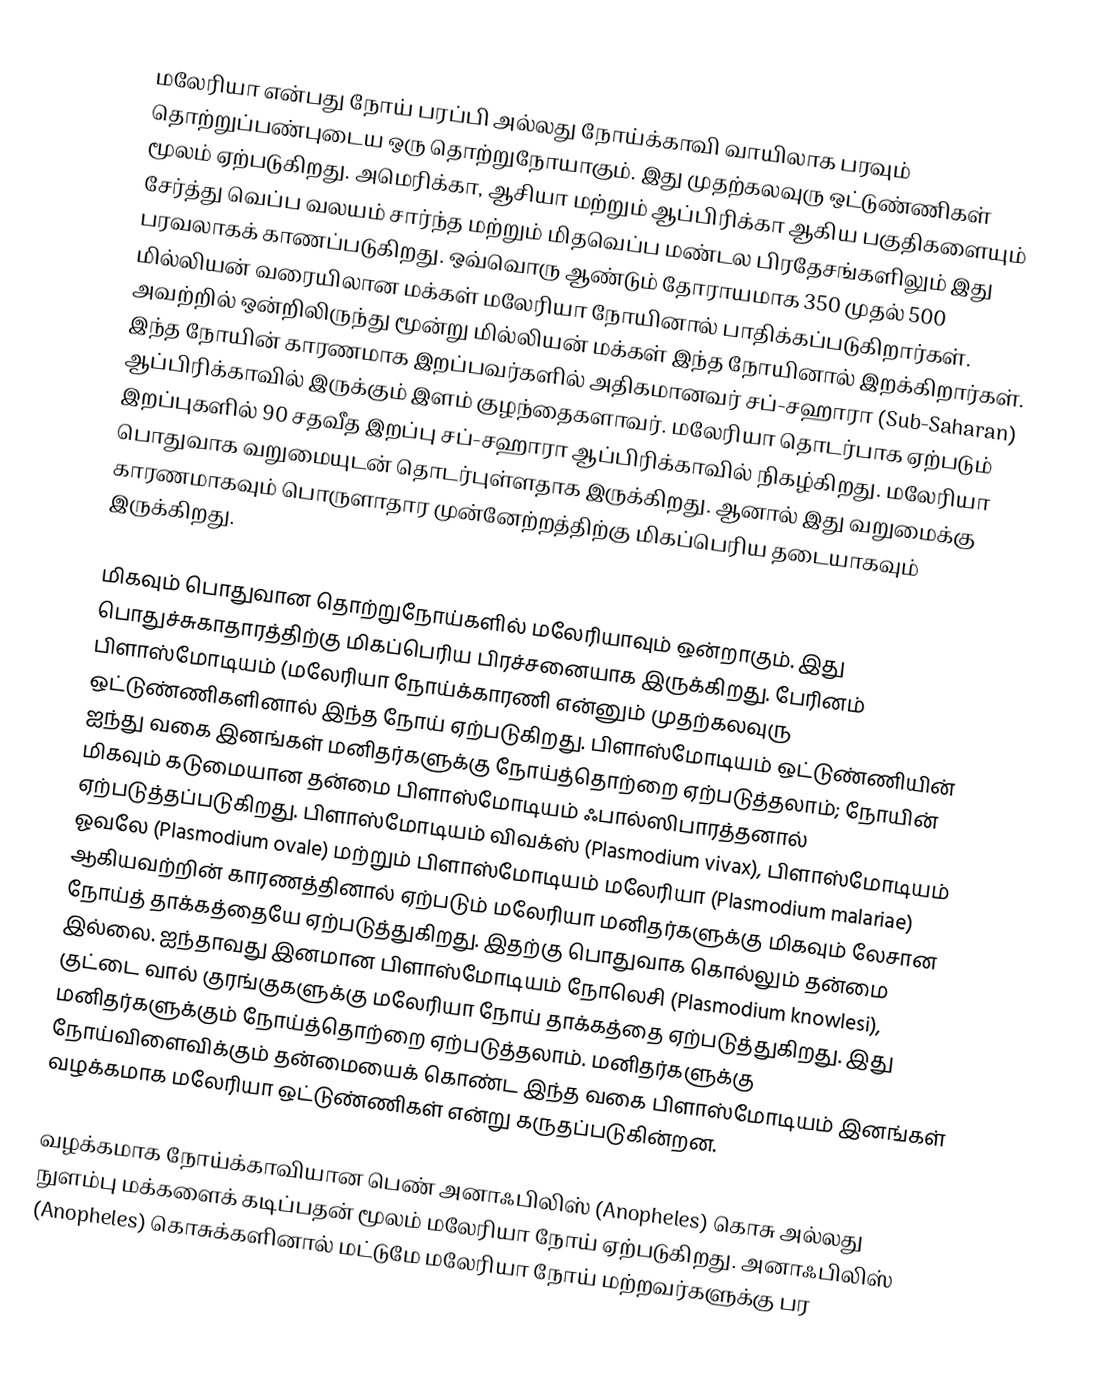
மலேரியா என்பது நோய் பரப்பி அல்லது நோய்க்காவி வாயிலாக பரவும் தொற்றுப்பண்புடைய ஒரு தொற்றுநோயாகும். இது முதற்கலவுரு ஒட்டுண்ணிகள் மூலம் ஏற்படுகிறது. அமெரிக்கா, ஆசியா மற்றும் ஆப்பிரிக்கா ஆகிய பகுதிகளையும் சேர்த்து வெப்ப வலயம் சார்ந்த மற்றும் மிதவெப்ப மண்டல பிரதேசங்களிலும் இது பரவலாகக் காணப்படுகிறது. ஒவ்வொரு ஆண்டும் தோராயமாக 350 முதல் 500 மில்லியன் வரையிலான மக்கள் மலேரியா நோயினால் பாதிக்கப்படுகிறார்கள். அவற்றில் ஒன்றிலிருந்து மூன்று மில்லியன் மக்கள் இந்த நோயினால் இறக்கிறார்கள். இந்த நோயின் காரணமாக இறப்பவர்களில் அதிகமானவர் சப்-சஹாரா (Sub-Saharan) ஆப்பிரிக்காவில் இருக்கும் இளம் குழந்தைகளாவர். மலேரியா தொடர்பாக ஏற்படும் இறப்புகளில் 90 சதவீத இறப்பு சப்-சஹாரா ஆப்பிரிக்காவில் நிகழ்கிறது. மலேரியா பொதுவாக வறுமையுடன் தொடர்புள்ளதாக இருக்கிறது. ஆனால் இது வறுமைக்கு காரணமாகவும் பொருளாதார முன்னேற்றத்திற்கு மிகப்பெரிய தடையாகவும் இருக்கிறது.

மிகவும் பொதுவான தொற்றுநோய்களில் மலேரியாவும் ஒன்றாகும். இது பொதுச்சுகாதாரத்திற்கு மிகப்பெரிய பிரச்சனையாக இருக்கிறது. பேரினம் பிளாஸ்மோடியம் (மலேரியா நோய்க்காரணி என்னும் முதற்கலவுரு ஒட்டுண்ணிகளினால் இந்த நோய் ஏற்படுகிறது. பிளாஸ்மோடியம் ஒட்டுண்ணியின் ஐந்து வகை இனங்கள் மனிதர்களுக்கு நோய்த்தொற்றை ஏற்படுத்தலாம்; நோயின் மிகவும் கடுமையான தன்மை பிளாஸ்மோடியம் ஃபால்ஸிபாரத்தனால் ஏற்படுத்தப்படுகிறது. பிளாஸ்மோடியம் விவக்ஸ் (Plasmodium vivax), பிளாஸ்மோடியம் ஓவலே (Plasmodium ovale) மற்றும் பிளாஸ்மோடியம் மலேரியா (Plasmodium malariae) ஆகியவற்றின் காரணத்தினால் ஏற்படும் மலேரியா மனிதர்களுக்கு மிகவும் லேசான நோய்த் தாக்கத்தையே ஏற்படுத்துகிறது. இதற்கு பொதுவாக கொல்லும் தன்மை இல்லை. ஐந்தாவது இனமான பிளாஸ்மோடியம் நோலெசி (Plasmodium knowlesi), குட்டை வால் குரங்குகளுக்கு மலேரியா நோய் தாக்கத்தை ஏற்படுத்துகிறது. இது மனிதர்களுக்கும் நோய்த்தொற்றை ஏற்படுத்தலாம். மனிதர்களுக்கு நோய்விளைவிக்கும் தன்மையைக் கொண்ட இந்த வகை பிளாஸ்மோடியம் இனங்கள் வழக்கமாக மலேரியா ஒட்டுண்ணிகள் என்று கருதப்படுகின்றன.

வழக்கமாக நோய்க்காவியான பெண் அனாஃபிலிஸ் (Anopheles) கொசு அல்லது நுளம்பு மக்களைக் கடிப்பதன் மூலம் மலேரியா நோய் ஏற்படுகிறது. அனாஃபிலிஸ் (Anopheles) கொசுக்களினால் மட்டுமே மலேரியா நோய் மற்றவர்களுக்கு பர